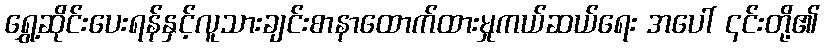
ရွှေ့ဆိုင်းပေးရန်နှင့်လူသားချင်းစာနာထောက်ထားမှုကယ်ဆယ်ရေး အပေါ် ၎င်းတို့၏